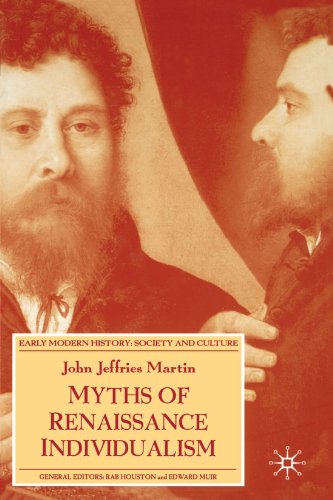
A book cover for Myths of Renaissance Individualism (Early Modern History); John Jeffries Martin; Politics & Social Sciences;